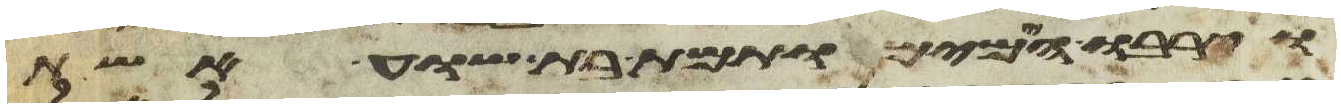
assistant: וירבו הימים ותמת בת שוע אשת